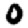
Digit: 0